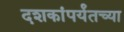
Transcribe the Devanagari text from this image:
दशकांपर्यंतच्या